Document type: Acquittance
Year: 1296
Scribe: Jaume de Malví
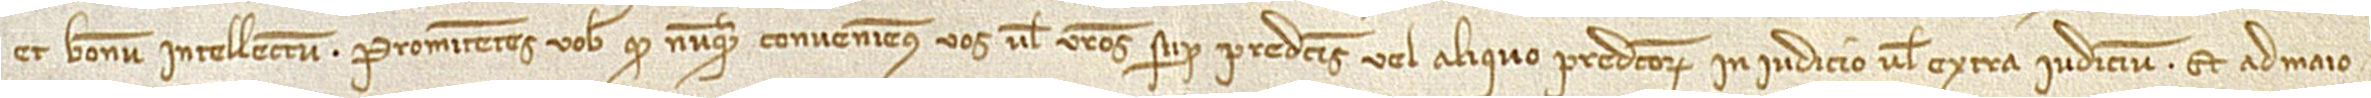
et bonum intellectum. Promitentes vobis quod nunquam conveniemus vos vel vestros super predictis vel aliquo predictorum in iudicio vel extra iudicium. Et ad maio-